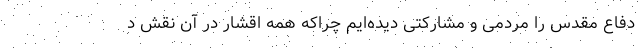
دفاع مقدس را مردمی و مشارکتی دیده‌ایم چراکه همه اقشار در آن نقش د